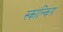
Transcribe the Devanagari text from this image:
स्कान्किंग